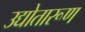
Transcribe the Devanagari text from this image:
उद्योतारूण